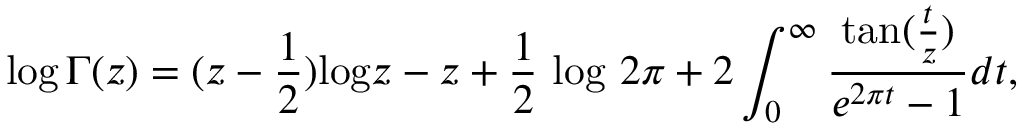
\log \Gamma ( z ) = ( z - { \frac { 1 } { 2 } } ) \mathrm { l o g } z - z + { \frac { 1 } { 2 } } \mathrm { ~ l o g \ } 2 \pi + 2 \int _ { 0 } ^ { \infty } { \frac { \mathrm { t a n } ( { \frac { t } { z } } ) } { e ^ { 2 \pi t } - 1 } } d t ,